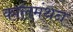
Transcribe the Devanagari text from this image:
कालमंथन